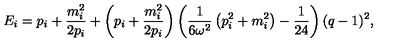
E _ { i } = p _ { i } + \frac { m _ { i } ^ { 2 } } { 2 p _ { i } } + \left( p _ { i } + \frac { m _ { i } ^ { 2 } } { 2 p _ { i } } \right) \left( \frac { 1 } { 6 \omega ^ { 2 } } \left( p _ { i } ^ { 2 } + m _ { i } ^ { 2 } \right) - \frac { 1 } { 2 4 } \right) ( q - 1 ) ^ { 2 } ,